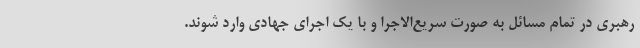
رهبری در تمام مسائل به صورت سریع‌الاجرا و با یک اجرای جهادی وارد شوند.